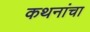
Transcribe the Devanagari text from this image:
कथनांचा